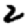
Digit: 2